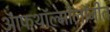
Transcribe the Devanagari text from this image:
ऑफथॉल्मॉलॉजीत